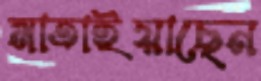
মাতাইয়াছেন